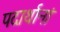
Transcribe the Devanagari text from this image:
पदार्थानां